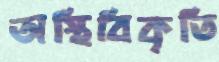
অস্থিবিকৃতি